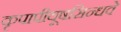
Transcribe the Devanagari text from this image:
कृपापीयूषसिन्धवे